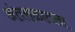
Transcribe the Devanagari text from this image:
अंतराळातला